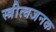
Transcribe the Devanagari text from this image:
स्त्रीत्वजनक